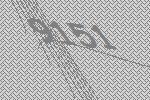
9151